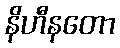
နိဟီနတော